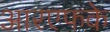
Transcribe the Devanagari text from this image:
आरएफके